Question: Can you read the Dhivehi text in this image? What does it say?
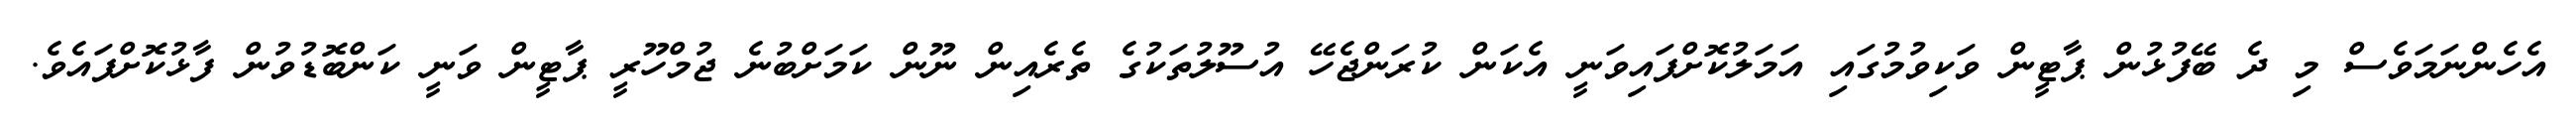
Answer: އެހެންނަމަވެސް މި ދެ ބޭފުޅުން ޕާޓީން ވަކިވުމުގައި އަމަލުކޮށްފައިވަނީ އެކަން ކުރަންޖެހޭ އުސޫލުތަކުގެ ތެރެއިން ނޫން ކަމަށްބުނެ ޖުމްހޫރީ ޕާޓީން ވަނީ ކަންބޮޑުވުން ފާޅުކޮށްފައެވެ.